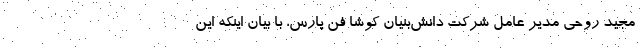
مجید روحی مدیر عامل شرکت دانش­بنیان کوشا فن پارس، با بیان اینکه این